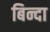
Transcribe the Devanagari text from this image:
बिन्दा